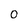
Character: O